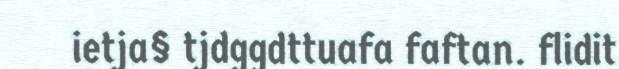
ietja§ tjdggdttuafa faftan. flidit